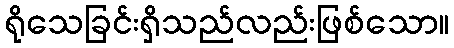
ရိုသေခြင်းရှိသည်လည်းဖြစ်သော။